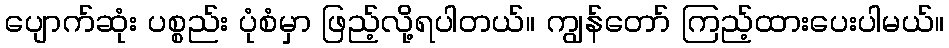
ပျောက်ဆုံး ပစ္စည်း ပုံစံမှာ ဖြည့်လို့ရပါတယ်။ ကျွန်တော် ကြည့်ထားပေးပါမယ်။